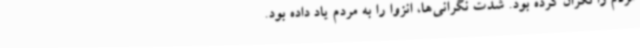
مردم را نگران کرده بود. شدت نگرانی‌ها، انزوا را به مردم یاد داده بود.